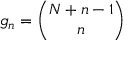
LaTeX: g _ { n } = { \binom { N + n - 1 } { n } }